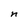
Character: n